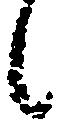
候